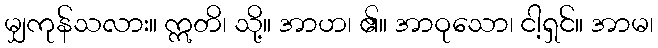
မျှကုန်သလား။ ဣတိ၊ သို့။ အာဟ၊ ၏။ အာဝုသော၊ ငါ့ရှင်။ အာမ၊